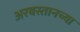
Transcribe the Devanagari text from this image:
अरबस्तानच्या